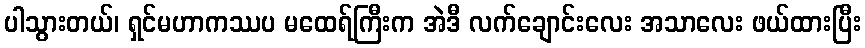
ပါသွားတယ်၊ ရှင်မဟာကဿပ မထေရ်ကြီးက အဲဒီ လက်ချောင်းလေး အသာလေး ဖယ်ထားပြီး